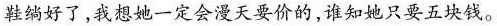
鞋绱好了，我想她一定会漫天要价的，谁知她只要五块钱。